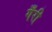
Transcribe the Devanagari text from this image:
गँरी